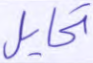
تحايل